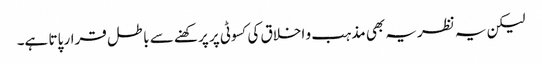
لیکن یہ نظریہ بھی مذہب و اخلاق کی کسوٹی پر پرکھنے سے باطل قرار پاتا ہے۔